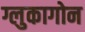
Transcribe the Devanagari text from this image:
ग्लुकागोन